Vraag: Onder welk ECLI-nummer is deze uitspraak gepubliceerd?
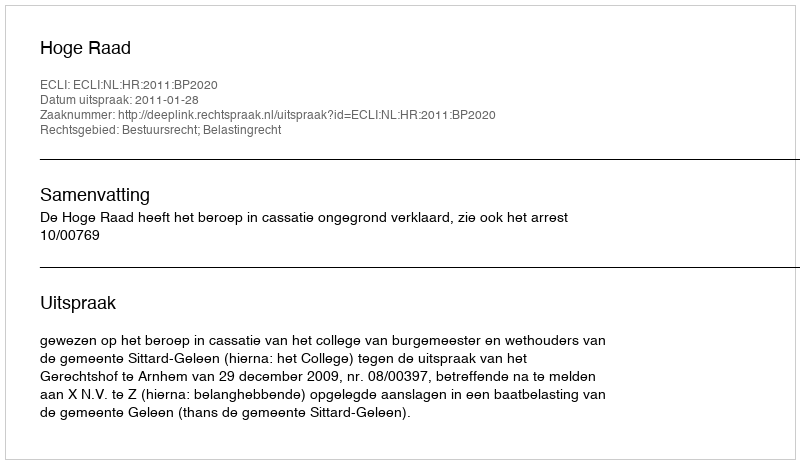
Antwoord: ECLI:NL:HR:2011:BP2020